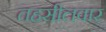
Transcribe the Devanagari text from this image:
तहसीलवार